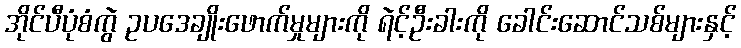
အိုင်ပီပုံစံကွဲ ဥပဒေချိုးဖောက်မှုများကို ရဲင့်ဦးခါးကို ခေါင်းဆောင်သစ်များနှင့်